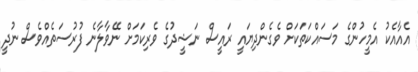
އެއާއެކު އެމީހުންގެ މަސައްކަތަކަށް ވެގެންދިޔައީ ރައީސް ނަޝީދުގެ ވެރިކަމަށް ނޭވާލާނެ ފުރުސަތެއްވެސް ނުދީ